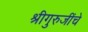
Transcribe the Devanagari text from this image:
श्रीगुरुजींचे